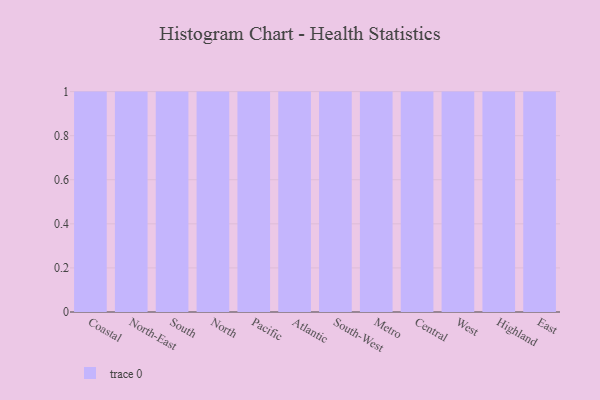
{"axis": {"x": "Region", "y": "Net Income (USD K)"}, "legend": [""], "data": [{"x": "Coastal", "y": 46, "type": ""}, {"x": "North-East", "y": 1, "type": ""}, {"x": "South", "y": 25, "type": ""}, {"x": "North", "y": 37, "type": ""}, {"x": "Pacific", "y": 33, "type": ""}, {"x": "Atlantic", "y": 98, "type": ""}, {"x": "South-West", "y": 50, "type": ""}, {"x": "Metro", "y": 15, "type": ""}, {"x": "Central", "y": 95, "type": ""}, {"x": "West", "y": 49, "type": ""}, {"x": "Highland", "y": 3, "type": ""}, {"x": "East", "y": 86, "type": ""}]}